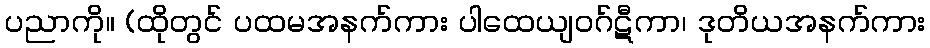
ပညာကို။ (ထိုတွင် ပထမအနက်ကား ပါထေယျဝဂ်ဋီကာ၊ ဒုတိယအနက်ကား